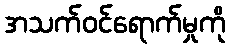
အသက်ဝင်ရောက်မှုကို